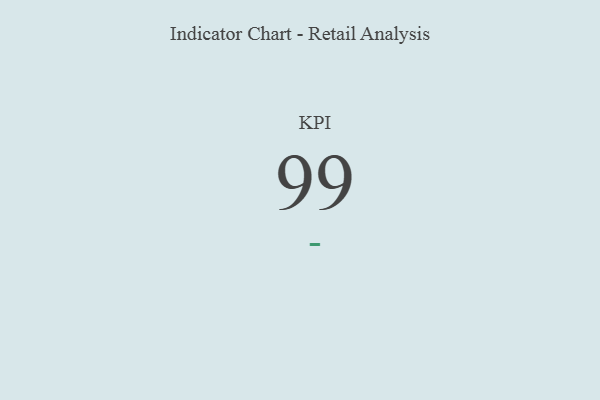
{"axis": {"x": "KPI", "y": "Value"}, "legend": [""], "data": [{"x": "KPI", "y": 99, "type": ""}]}